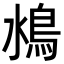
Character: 𩾼